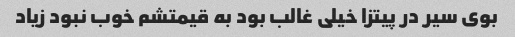
بوی سیر در پیتزا خیلی غالب بود به قیمتشم خوب نبود زیاد